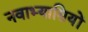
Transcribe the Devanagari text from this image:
नवाभ्यासियों